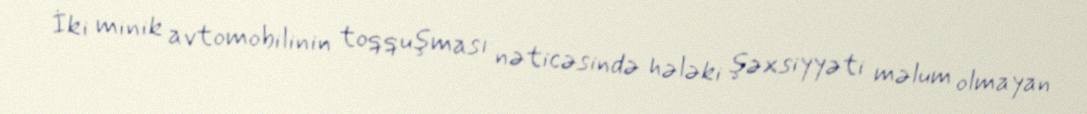
İki minik avtomobilinin toqquşması nəticəsində hələki şəxsiyyəti məlum olmayan